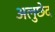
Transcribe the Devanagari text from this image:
अलुछेद